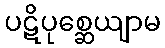
ပဋိပုစ္ဆေယျာမ